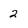
Character: 2